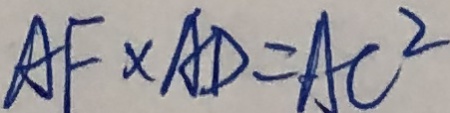
A F \times A D = A C ^ { 2 }